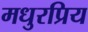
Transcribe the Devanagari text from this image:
मधुरप्रिय